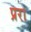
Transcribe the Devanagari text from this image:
प्ररा